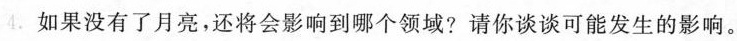
4.如果没有了月亮，还将会影响到哪个领域?请你谈谈可能发生的影响。